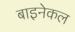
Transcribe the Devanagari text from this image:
बाइनेकल